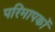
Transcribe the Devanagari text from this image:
परिमापकों